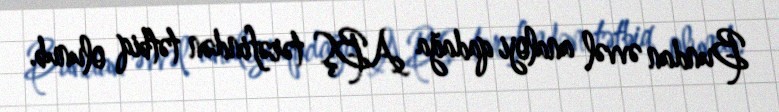
Bundan əvvəl analoji qadağa ABŞ tərəfindən tətbiq olunub.